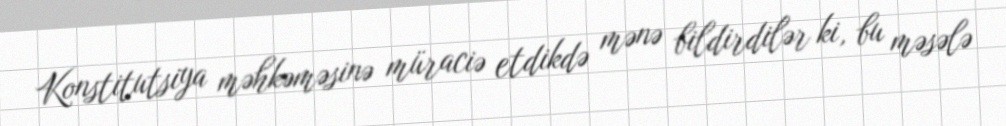
Konstitutsiya məhkəməsinə müraciə etdikdə mənə bildirdilər ki, bu məsələ